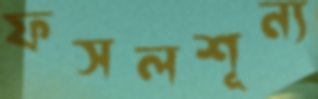
ফসলশূন্য